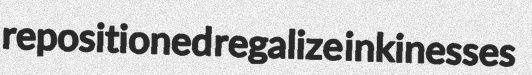
repositioned regalize inkinesses